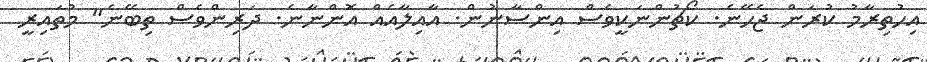
އިހުތިރާމު ކުރަން ޖެހޭނެ. ކޯޗުންނަކީވެސް އިންސާނުން. އާއިލާއެެއް އޮންނާނެ. ދަރިންވެސް ތިބޭނެ" މުތައިރީ